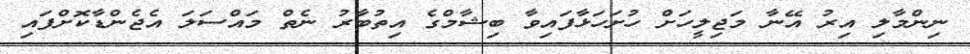
ނިންމާލި އިރު އޭނާ މަޖިލީހަށް ހުށަހަޅާފައިވާ ބިޝާމްގެ އިތުބާރު ނެތް މައްސަލަ އެޖެންޑާކޮށްފައި